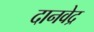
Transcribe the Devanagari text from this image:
दानवेद्र